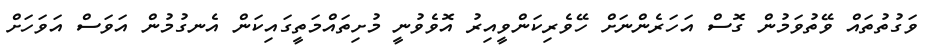
ވަގުތުތައް ވޭތުވަމުން ގޮސް އަހަރެންނަށް ހޭވެރިކަންވީއިރު އޮވެވުނީ މުށިތައްމަތީގައިކަން އެނގުމުން އަވަސް އަވަހަށް